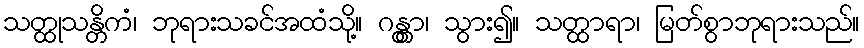
သတ္ထုသန္တိကံ၊ ဘုရားသခင်အထံသို့။ ဂန္တွာ၊ သွား၍။ သတ္ထာရာ၊ မြတ်စွာဘုရားသည်။